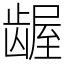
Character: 龌